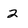
Character: 2